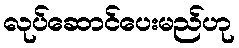
လုပ်ဆောင်ပေးမည်ဟု